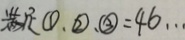
满 足 \textcircled { 1 } . \textcircled { 2 } . \textcircled { 3 } = 4 6 \cdots